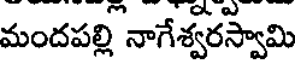
మందపల్లి నాగేశ్వరస్వామి